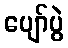
ပျော်ပွဲ